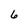
Character: 6